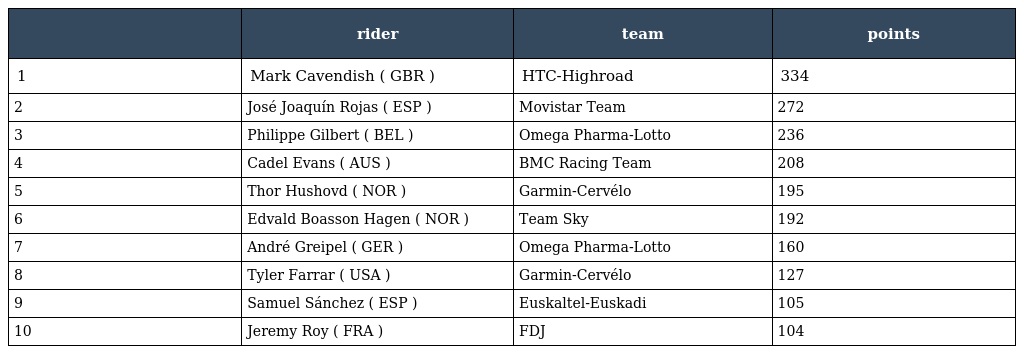
|  | rider | team | points |
 | --- | --- | --- | --- |
 | 1 | Mark Cavendish ( GBR ) | HTC-Highroad | 334 |
 | 2 | José Joaquín Rojas ( ESP ) | Movistar Team | 272 |
 | 3 | Philippe Gilbert ( BEL ) | Omega Pharma-Lotto | 236 |
 | 4 | Cadel Evans ( AUS ) | BMC Racing Team | 208 |
 | 5 | Thor Hushovd ( NOR ) | Garmin-Cervélo | 195 |
 | 6 | Edvald Boasson Hagen ( NOR ) | Team Sky | 192 |
 | 7 | André Greipel ( GER ) | Omega Pharma-Lotto | 160 |
 | 8 | Tyler Farrar ( USA ) | Garmin-Cervélo | 127 |
 | 9 | Samuel Sánchez ( ESP ) | Euskaltel-Euskadi | 105 |
 | 10 | Jeremy Roy ( FRA ) | FDJ | 104 |